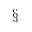
\S